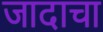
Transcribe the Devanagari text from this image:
जादाचा